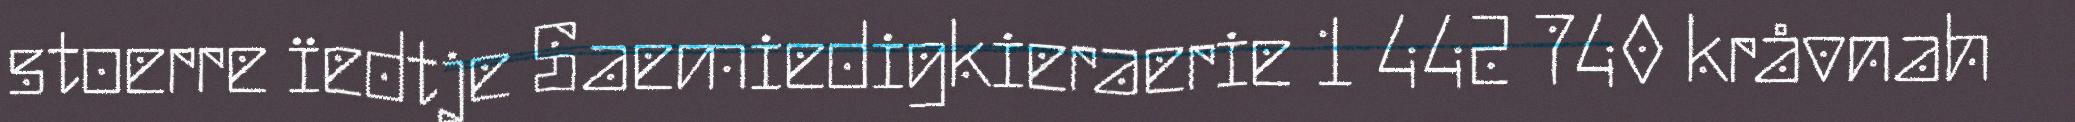
stoerre ïedtje Saemiedigkieraerie 1 442 740 kråvnah